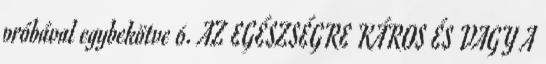
próbával egybekötve 6. AZ EGÉSZSÉGRE KÁROS ÉS VAGY A